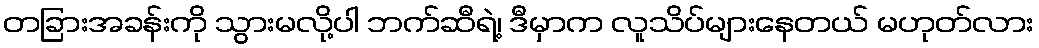
တခြားအခန်းကို သွားမလို့ပါ ဘက်ဆီရဲ့၊ ဒီမှာက လူသိပ်များနေတယ် မဟုတ်လား